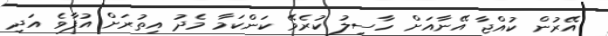
އޭރުން ކުއްޖާ އޭނާއަށް ހާސިލު ކުރެވޭ ކަންކަމާ މެދު އިތުރަށް އުފާވެ އަދި